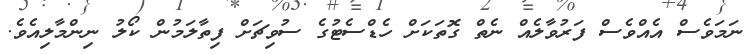
ނަމަވެސް އެއްވެސް ފަރުވާލެއް ނެތް ގޮތަކަށް ހެޑްސެޓުގެ ސުވިޗަށް ފިތާލަމުން ކޯލު ނިންމާލިއެވެ.